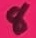
Text: 8